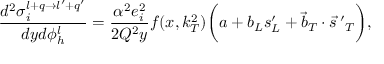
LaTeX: \frac { d ^ { 2 } \sigma _ { i } ^ { l + q \rightarrow l ^ { \prime } + q ^ { \prime } } } { d y d \phi _ { h } ^ { l } } = \frac { \alpha ^ { 2 } e _ { i } ^ { 2 } } { 2 Q ^ { 2 } y } f ( x , k _ { T } ^ { 2 } ) \bigg ( a + b _ { L } s _ { L } ^ { \prime } + \vec { b } _ { T } \cdot \vec { s } { \, ^ { \prime } } _ { T } \bigg ) ,